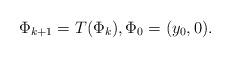
LaTeX: \begin{align*}\Phi_{k+1} = T(\Phi_k) , \Phi_0= (y_0,0) .\end{align*}